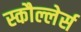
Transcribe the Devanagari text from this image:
स्कौल्लेर्स